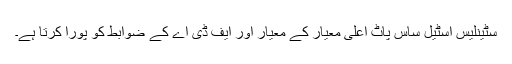
سٹینلیس اسٹیل ساس پاٹ اعلی معیار کے معیار اور ایف ڈی اے کے ضوابط کو پورا کرتا ہے۔